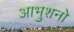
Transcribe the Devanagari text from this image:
आभुशनो